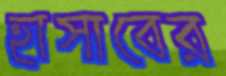
হাসাবের